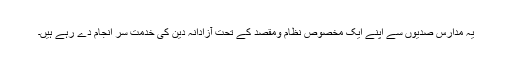
یہ مدارس صدیوں سے اپنے ایک مخصوص نظام ومقصد کے تحت آزادانہ دین کی خدمت سر انجام دے رہے ہیں۔